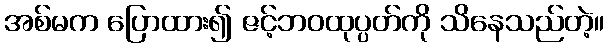
အစ်မက ပြောထား၍ ဇင့်ဘဝထုပ္ပတ်ကို သိနေသည်တဲ့။